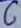
Text: C